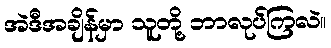
အဲဒီအချိန်မှာ သူတို့ ဘာလုပ်ကြလဲ။